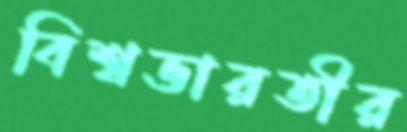
বিশ্বভারতীর